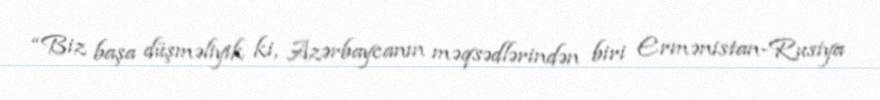
“Biz başa düşməliyik ki, Azərbaycanın məqsədlərindən biri Ermənistan-Rusiya